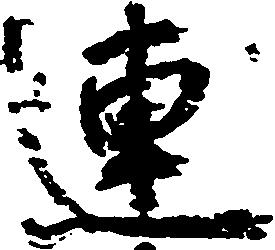
連